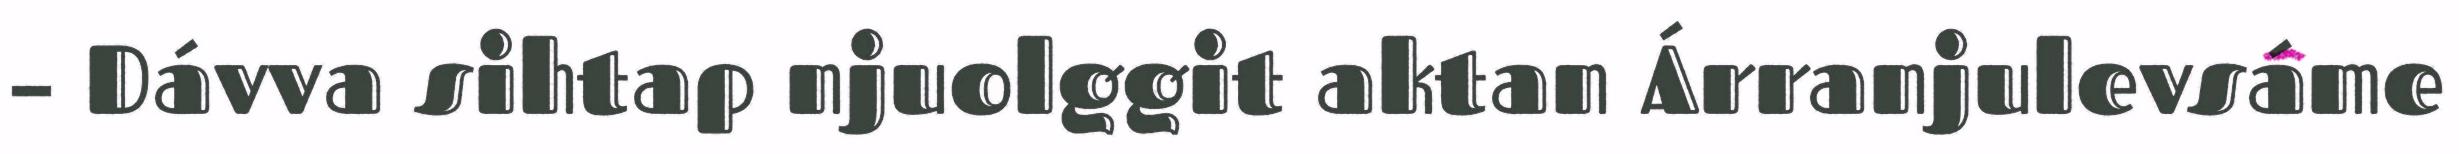
– Dávva sihtap njuolggit aktan Árranjulevsáme